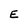
Character: E